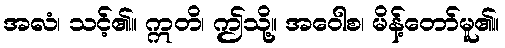
အလံ၊ သင့်၏။ ဣတိ၊ ဤသို့။ အဝေါစ၊ မိန့်တော်မူ၏။